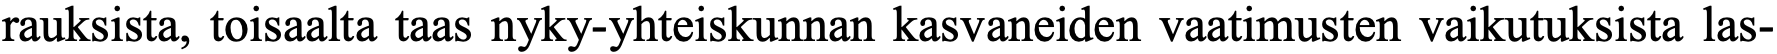
rauksista, toisaalta taas nyky-yhteiskunnan kasvaneiden vaatimusten vaikutuksista las-